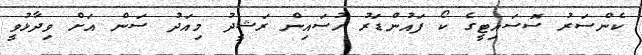
ކެންސަރު ސޮސައިޓީގެ ކޯ ފައުންޑަރު ހުސައިން ރަޝީދު މިއަދު ސަން އަށް ވިދާޅުވީ